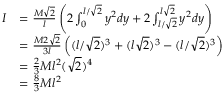
\begin{array} { r l } { I } & { = \frac { M \sqrt { 2 } } { l } \left( 2 \int _ { 0 } ^ { l / \sqrt { 2 } } y ^ { 2 } d y + 2 \int _ { l / \sqrt { 2 } } ^ { l \sqrt { 2 } } y ^ { 2 } d y \right) } \\ & { = \frac { M 2 \sqrt { 2 } } { 3 l } \left( ( l / \sqrt { 2 } ) ^ { 3 } + ( l \sqrt { 2 } ) ^ { 3 } - ( l / \sqrt { 2 } ) ^ { 3 } \right) } \\ & { = \frac { 2 } { 3 } M l ^ { 2 } ( \sqrt { 2 } ) ^ { 4 } } \\ & { = \frac { 8 } { 3 } M l ^ { 2 } } \end{array}